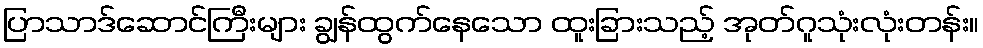
ပြာသာဒ်ဆောင်ကြီးများ ချွန်ထွက်နေသော ထူးခြားသည့် အုတ်ဂူသုံးလုံးတန်း။